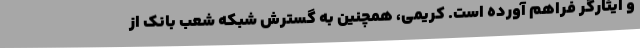
و ایثارگر فراهم آورده است. کریمی، همچنین به گسترش شبکه شعب بانک از